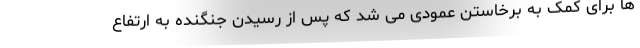
ها برای کمک به برخاستن عمودی می شد که پس از رسیدن جنگنده به ارتفاع